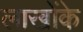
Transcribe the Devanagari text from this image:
लाखोंके